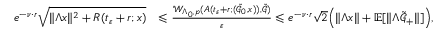
\begin{array} { r l } { e ^ { - \nu \cdot r } \sqrt { \| \Lambda x \| ^ { 2 } + R ( t _ { \varepsilon } + r ; x ) } } & { \leqslant \frac { \mathcal { W } _ { \Lambda _ { 0 } , p } ( A ( t _ { \varepsilon } + r ; ( \tilde { \mathcal { G } } _ { 0 } , x ) ) , \tilde { \mathcal { G } } ) } { \varepsilon } \leqslant e ^ { - \nu \cdot r } { \sqrt { 2 } } \Big ( \| \Lambda x \| + \mathbb { E } [ \| \Lambda \tilde { \mathcal { G } } _ { + } \| ] \Big ) , } \end{array}